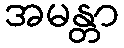
အမန္တာ